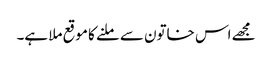
مجھے اس خاتون سے ملنے کا موقع ملا ہے۔